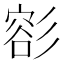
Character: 彮